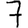
Digit: 7